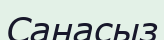
Санасыз